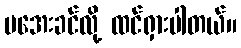
မအေးခင်လို့ ထင်ရှားပါတယ်။